Annual report on the mental hospital in the Central Provinces and Berar (Nagpur) - 1927-1951
Year: 1927
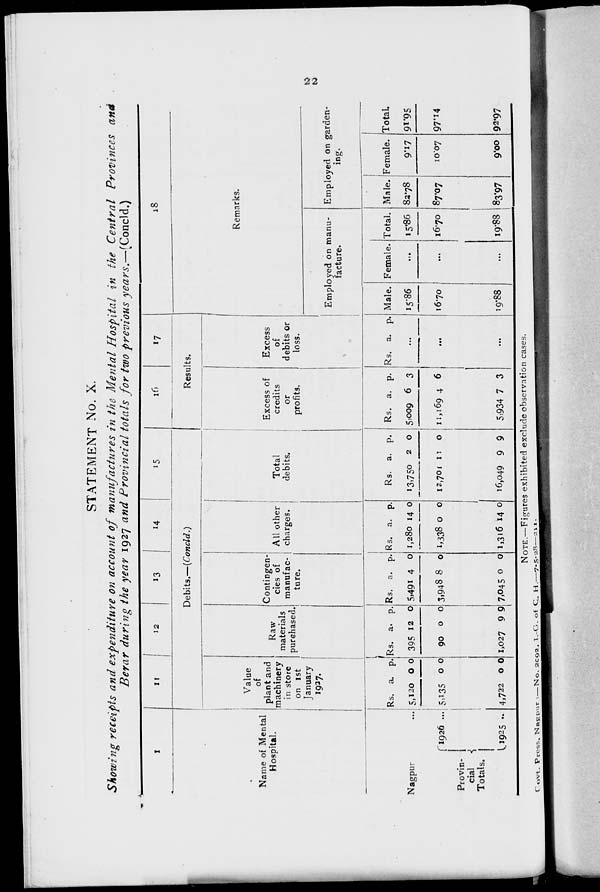
22
STATEMENT No. X.
Showing receipts and expenditure on account of manufactures in the Mental Hospital in the Central Provinces and
Berar during the year 1927 and Provincial totals for two previous years.—(Concld.)
1
Name of Mental
Hospital.
Nagpur ...
Provin-
cial
Totals.
1926 ...
1925 ...
11
12
13
14
15
Debits.—(Concld.)
Value
of
plant and
machinery
in store
on 1st
January
1927.
Rs.
5,120
5,135
4,722
a.
0
0
0
p.
0
0
0
Raw
materials
purchased
Rs.
395
90
1,027
a.
12
0
9
p.
0
0
9
Contingen-
cies of
manufac-
ture.
Rs.
5,491
3,948
7,045
a.
4
8
0
p.
0
0
0
All other
charges.
Rs.
1,280
1,338
1,316
a.
14
0
14
p.
0
0
0
Total
debits.
Rs.
13,750
12,701
16,049
a.
2
11
9
p.
0
0
9
16
17
Results.
Excess of
credits
or
profits.
Rs.
5,009
11,169
5,934
a.
6
4
7
p.
3
6
3
Excess
of
debits or
loss.
Rs. a. p.
...
...
...
18
Remarks.
Employed on manu-
facture.
Male.
15.86
16.70
19.88
Female.
...
...
...
Total.
15.86
16.70
19.88
Employed on garden-
ing.
Male.
82.78
87.07
83.97
Female.
9.17
10.07
9.00
Total.
91.95
97.14
92.97
NOTE.—Figures exhibited exclude observation cases.
Govt. Press, Nagpur :—No. 2092, I.-G. of C. H.—7-5-28— 211.